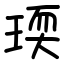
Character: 瑌